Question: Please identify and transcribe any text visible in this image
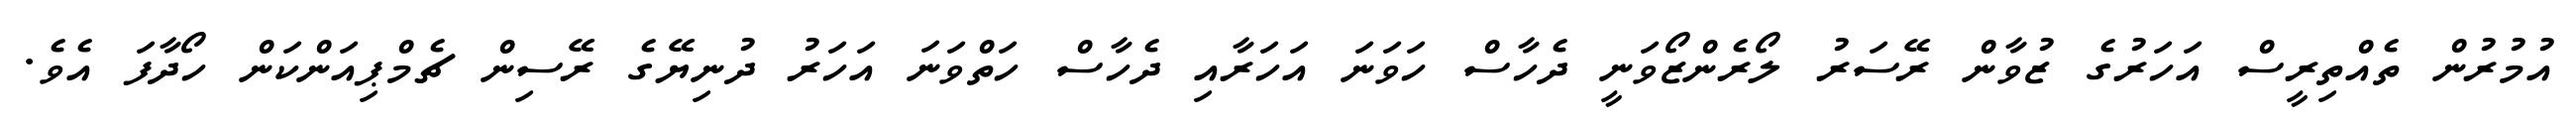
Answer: އުމުރުން ތެއްތިރީސް އަހަރުގެ ޒުވާން ރޭސަރު ލޯރެންޒޯވަނީ ދެހާސް ހަވަނަ އަހަރާއި ދެހާސް ހަތްވަނަ އަހަރު ދުނިޔޭގެ ރޭސިން ޗެމްޕިއަންކަން ހޯދާފަ އެވެ.